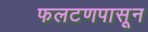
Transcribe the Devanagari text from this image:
फलटणपासून